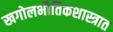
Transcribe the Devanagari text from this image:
खगोलभौतिकशास्त्रात